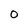
Character: O